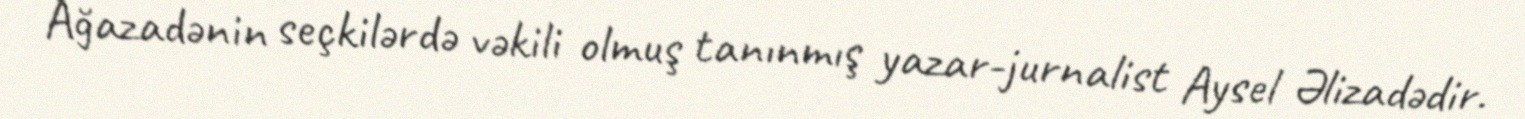
Ağazadənin seçkilərdə vəkili olmuş tanınmış yazar-jurnalist Aysel Əlizadədir.